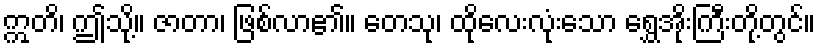
ဣတိ၊ ဤသို့။ ဇာတာ၊ ဖြစ်လာ၏။ တေသု၊ ထိုလေးလုံးသော ရွှေအိုးကြီးတို့တွင်။